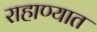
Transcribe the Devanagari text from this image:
राहाण्यात